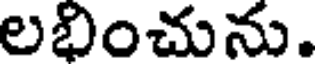
లభించును.